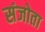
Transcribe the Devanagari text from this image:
संजोता